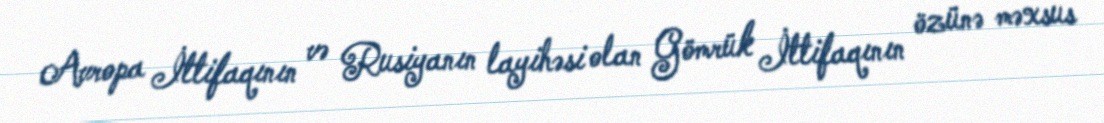
Avropa İttifaqının və Rusiyanın layihəsi olan Gömrük İttifaqının özünə məxsus